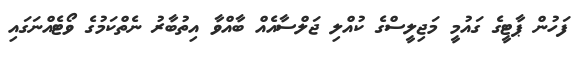
ފަހުން ޕާޓީގެ ގައުމީ މަޖިލީސްގެ ކުއްލި ޖަލްސާއެއް ބާއްވާ އިތުބާރު ނެތްކަމުގެ ވޯޓެއްނަގައި